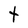
Character: t